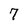
Character: 7